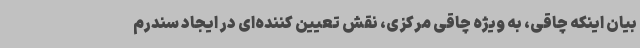
بیان اینکه چاقی، به ویژه چاقی مرکزی، نقش تعیین کننده‌ای در ایجاد سندرم